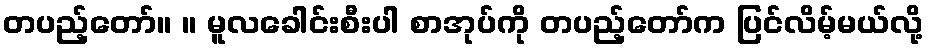
တပည့်တော်။ ။ မူလခေါင်းစီးပါ စာအုပ်ကို တပည့်တော်က ပြင်လိမ့်မယ်လို့